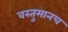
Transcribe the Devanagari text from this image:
वस्तुमानच